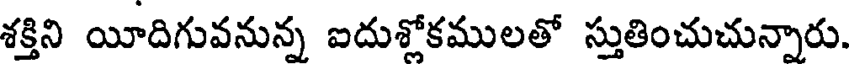
శక్తిని యీదిగువనున్న ఐదుశోకములతో స్తుతించుచున్నారు.